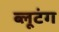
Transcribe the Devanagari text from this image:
ब्लूटंग